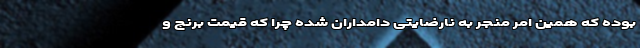
بوده که همین امر منجر به نارضایتی دامداران شده چرا که قیمت برنج و